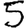
Digit: 5